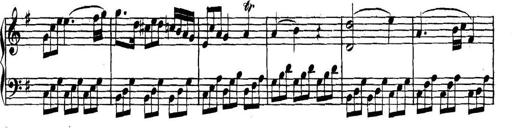
Title: Collected Piano Sonatas
Composer: Muzio Clementi